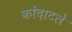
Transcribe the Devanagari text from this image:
कोंदाटले